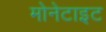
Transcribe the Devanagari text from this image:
मोनेटाइट